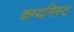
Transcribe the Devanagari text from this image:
कम्यनिस्ट